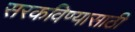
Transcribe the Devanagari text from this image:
सरकविण्यासाठी